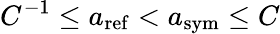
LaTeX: C^{-1}\leq a_{\mathrm{ref}}<a_{\mathrm{sym}}\leq C